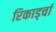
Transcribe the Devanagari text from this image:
रिकार्ड्चा